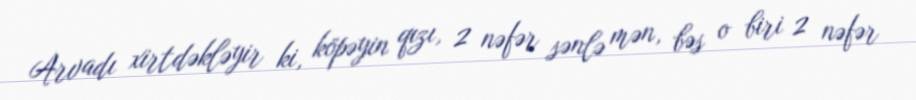
Arvadı xirtdəkləyir ki, köpəyin qızı, 2 nəfər sənlə mən, bəs o biri 2 nəfər